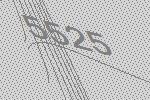
5525